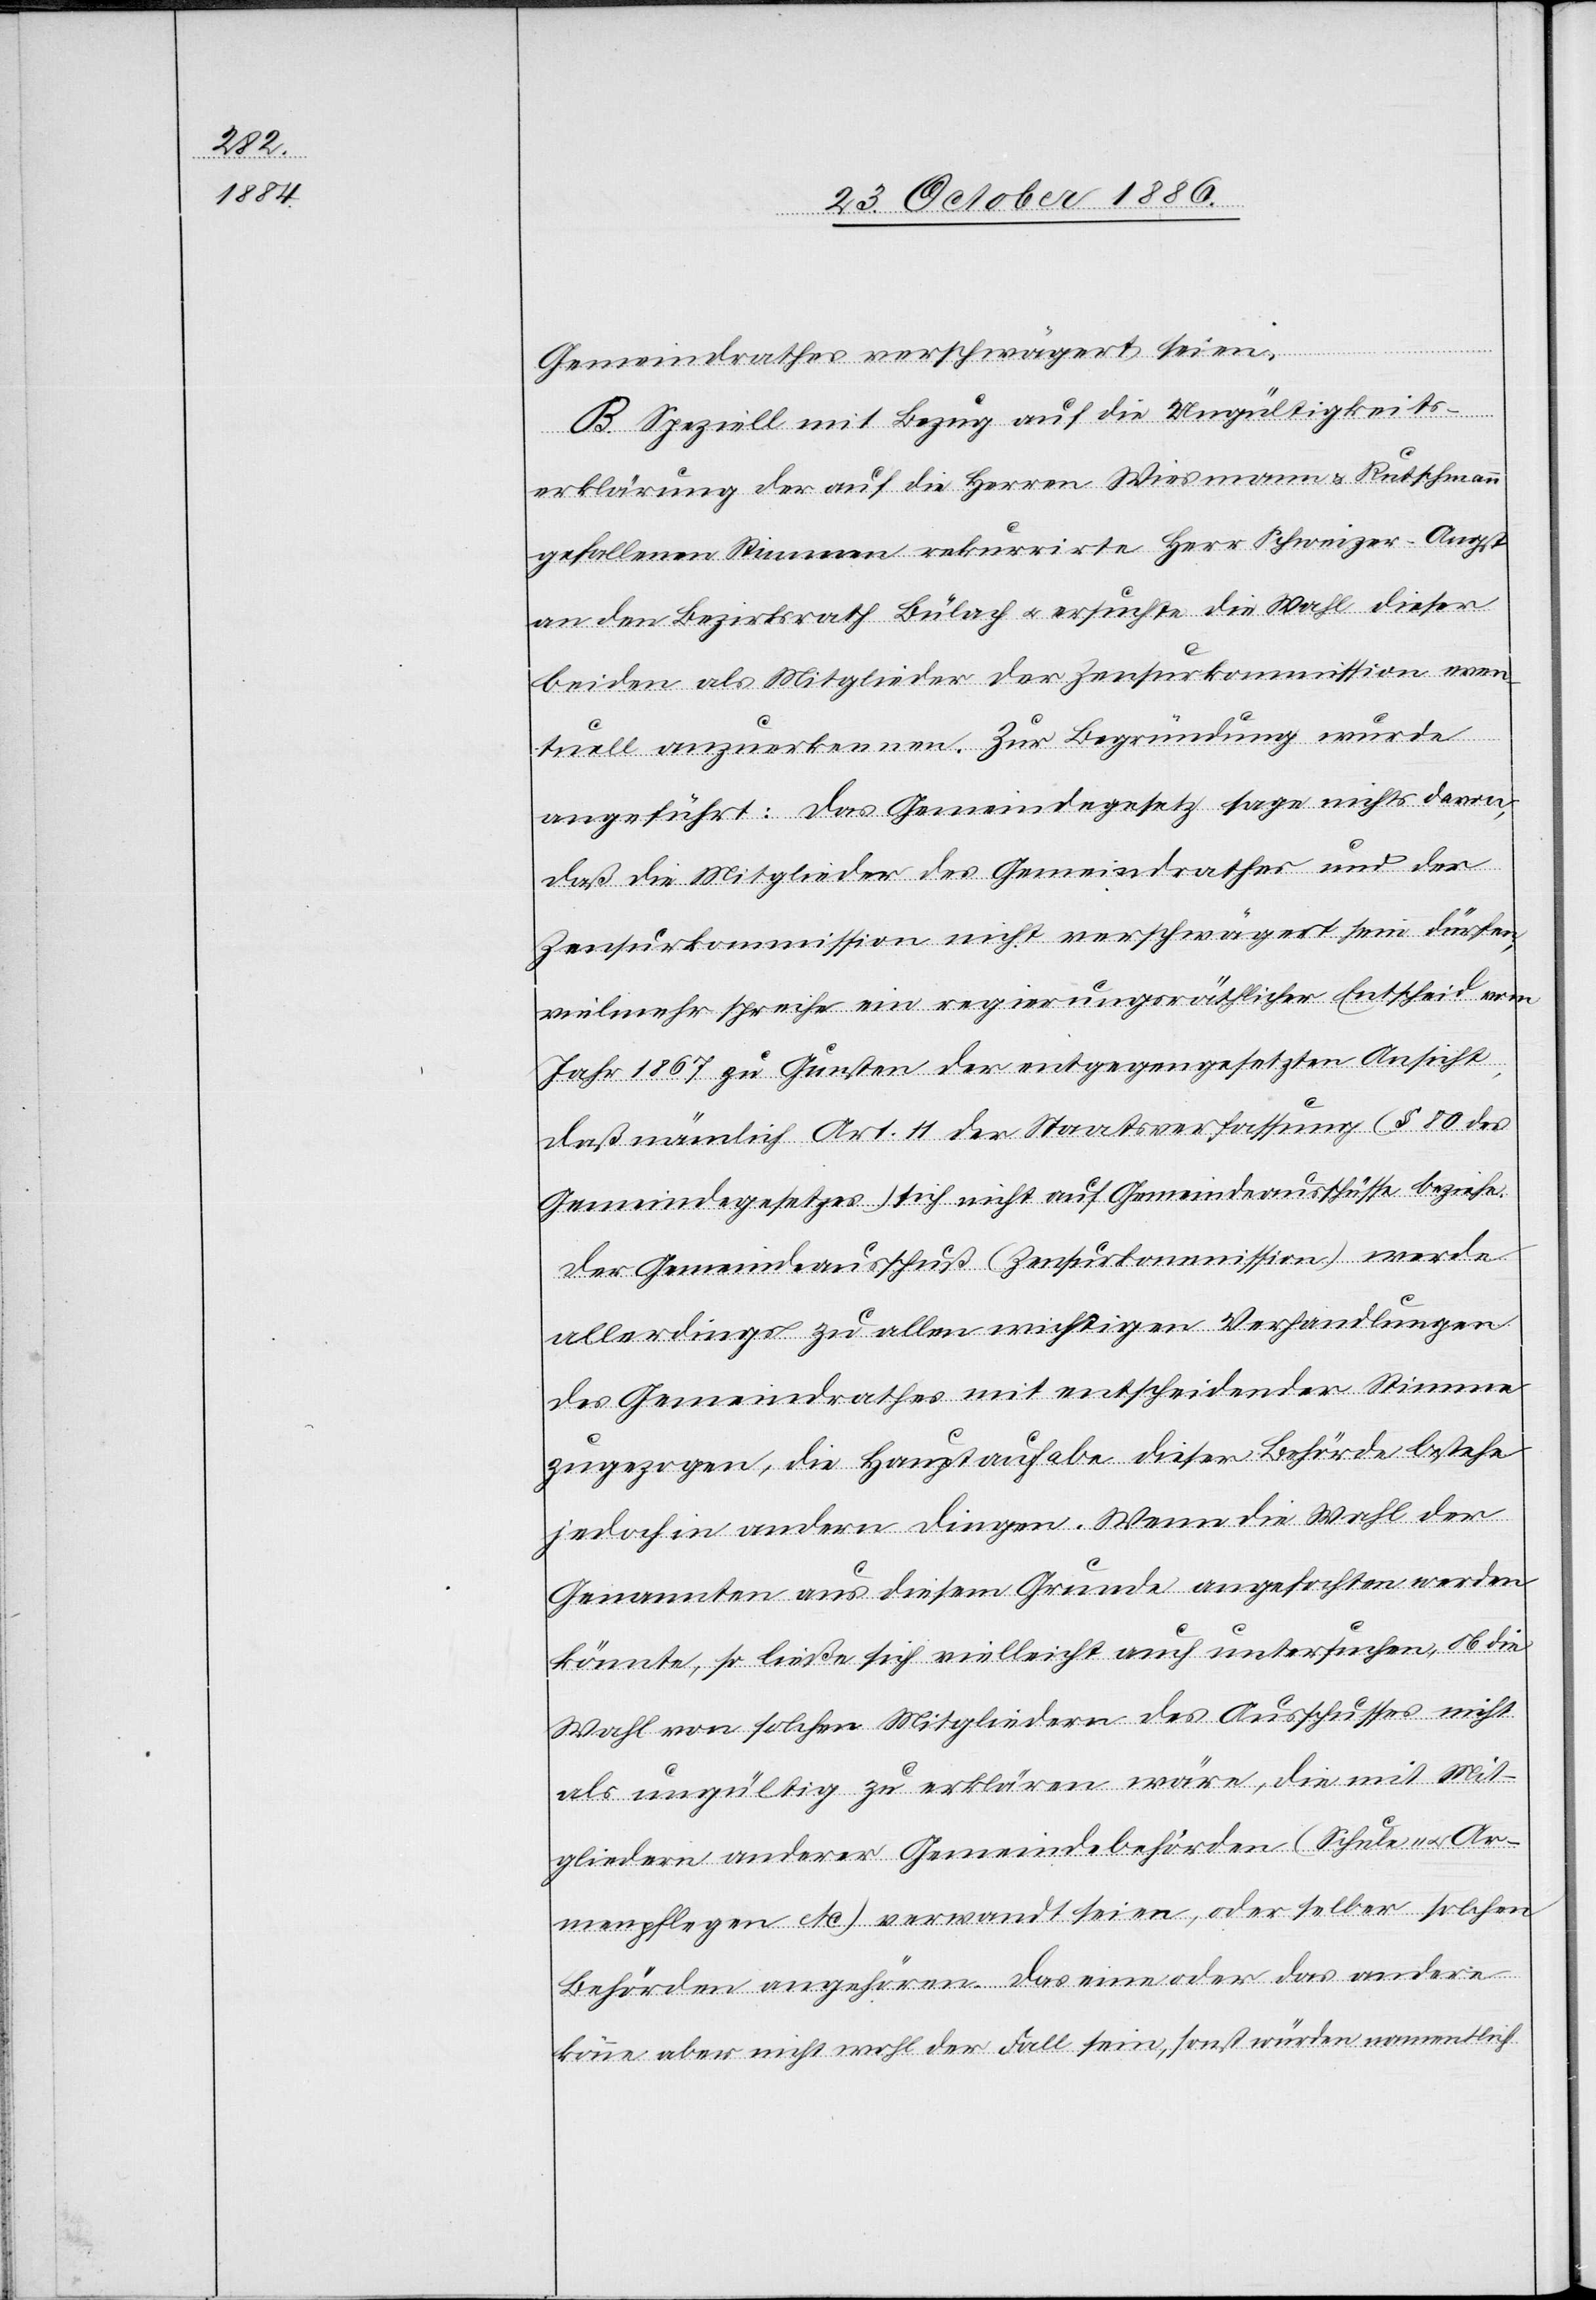
Gemeindrathes verschwägert seien.
B. Speziell mit Bezug auf die Ungültigkeits¬
erklärung der auf die Herren Wiesmann & Rutschmann
gefallenen Stimmen rekurrirte Herr Schweizer-Angst
an den Bezirksrath Bülach & ersuchte die Wahl dieser
beiden als Mitglieder der Zensurkommission even¬
tuell anzuerkennen. Zur Begründung wurde
angeführt: Das Gemeindegesetz sage nichts davon,
daß die Mitglieder des Gemeindrathes und der
Zensurkommission nicht verschwägert sein dürfen;
vielmehr spreche ein regierungsräthlicher Entscheid vom
Jahr 1867 zu Gunsten der entgegengesetzten Ansicht,
daß nämlich Art. 11 der Staatsverfassung (§ 80 des
Gemeindegesetzes) sich nicht auf Gemeindeausschüsse beziehe.
Der Gemeindeausschuß (Zensurkommission) werde
allerdings zu allen wichtigen Verhandlungen
des Gemeindrathes mit entscheidender Stimme
zugezogen, die Hauptaufgabe dieser Behörde bestehe
jedoch in andern Dingen. Wenn die Wahl der
Genannten aus diesem Grunde angefochten werden
könnte, so ließe sich vielleicht auch untersuchen, ob die
Wahl von solchen Mitgliedern des Ausschusses nicht
als ungültig zu erklären wäre, die mit Mit¬
gliedern anderer Gemeindebehörden (Schule- & Ar¬
menpflegen etc.) verwandt seien, oder selber solchen
Behörden angehören. Das eine oder das andere
könne aber nicht wohl der Fall sein, sonst würden namentlich